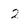
Character: 2